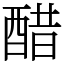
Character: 醋